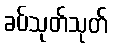
ခပ်သုတ်သုတ်